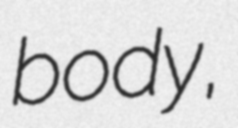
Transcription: body,